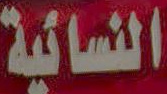
النسائية